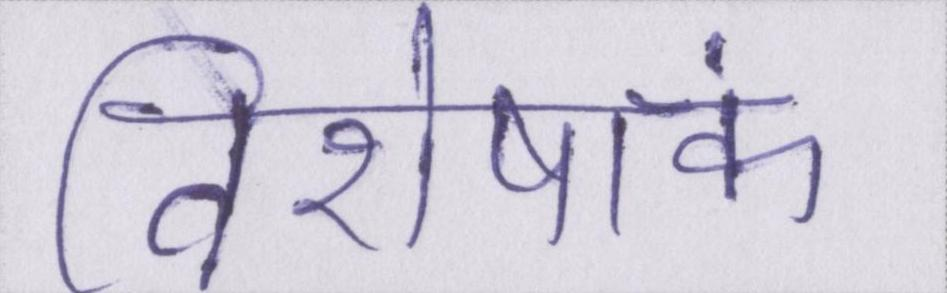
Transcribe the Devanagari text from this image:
विशेषांक